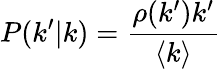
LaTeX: P(k^{\prime}|k)=\frac{\rho(k^{\prime})k^{\prime}}{\langle k\rangle}